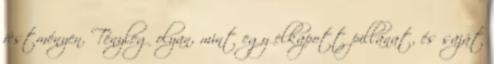
festményen. Tényleg olyan, mint egy elkapott pillanat, és saját